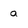
Character: a